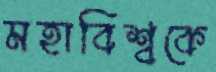
মহাবিশ্বকে